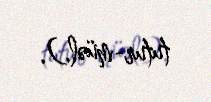
tutur-müəl.).